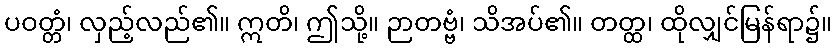
ပဝတ္တံ၊ လှည့်လည်၏။ ဣတိ၊ ဤသို့။ ဉာတဗ္ဗံ၊ သိအပ်၏။ တတ္ထ၊ ထိုလျှင်မြန်ရာ၌။